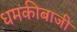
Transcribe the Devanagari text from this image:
धमकीबाजी